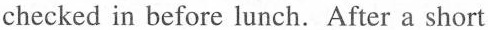
checked in before lunch. After a short